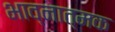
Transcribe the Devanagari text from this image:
भाव्नात्मक